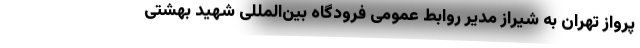
پرواز تهران به شیراز مدیر روابط عمومی فرودگاه بین‌المللی شهید بهشتی